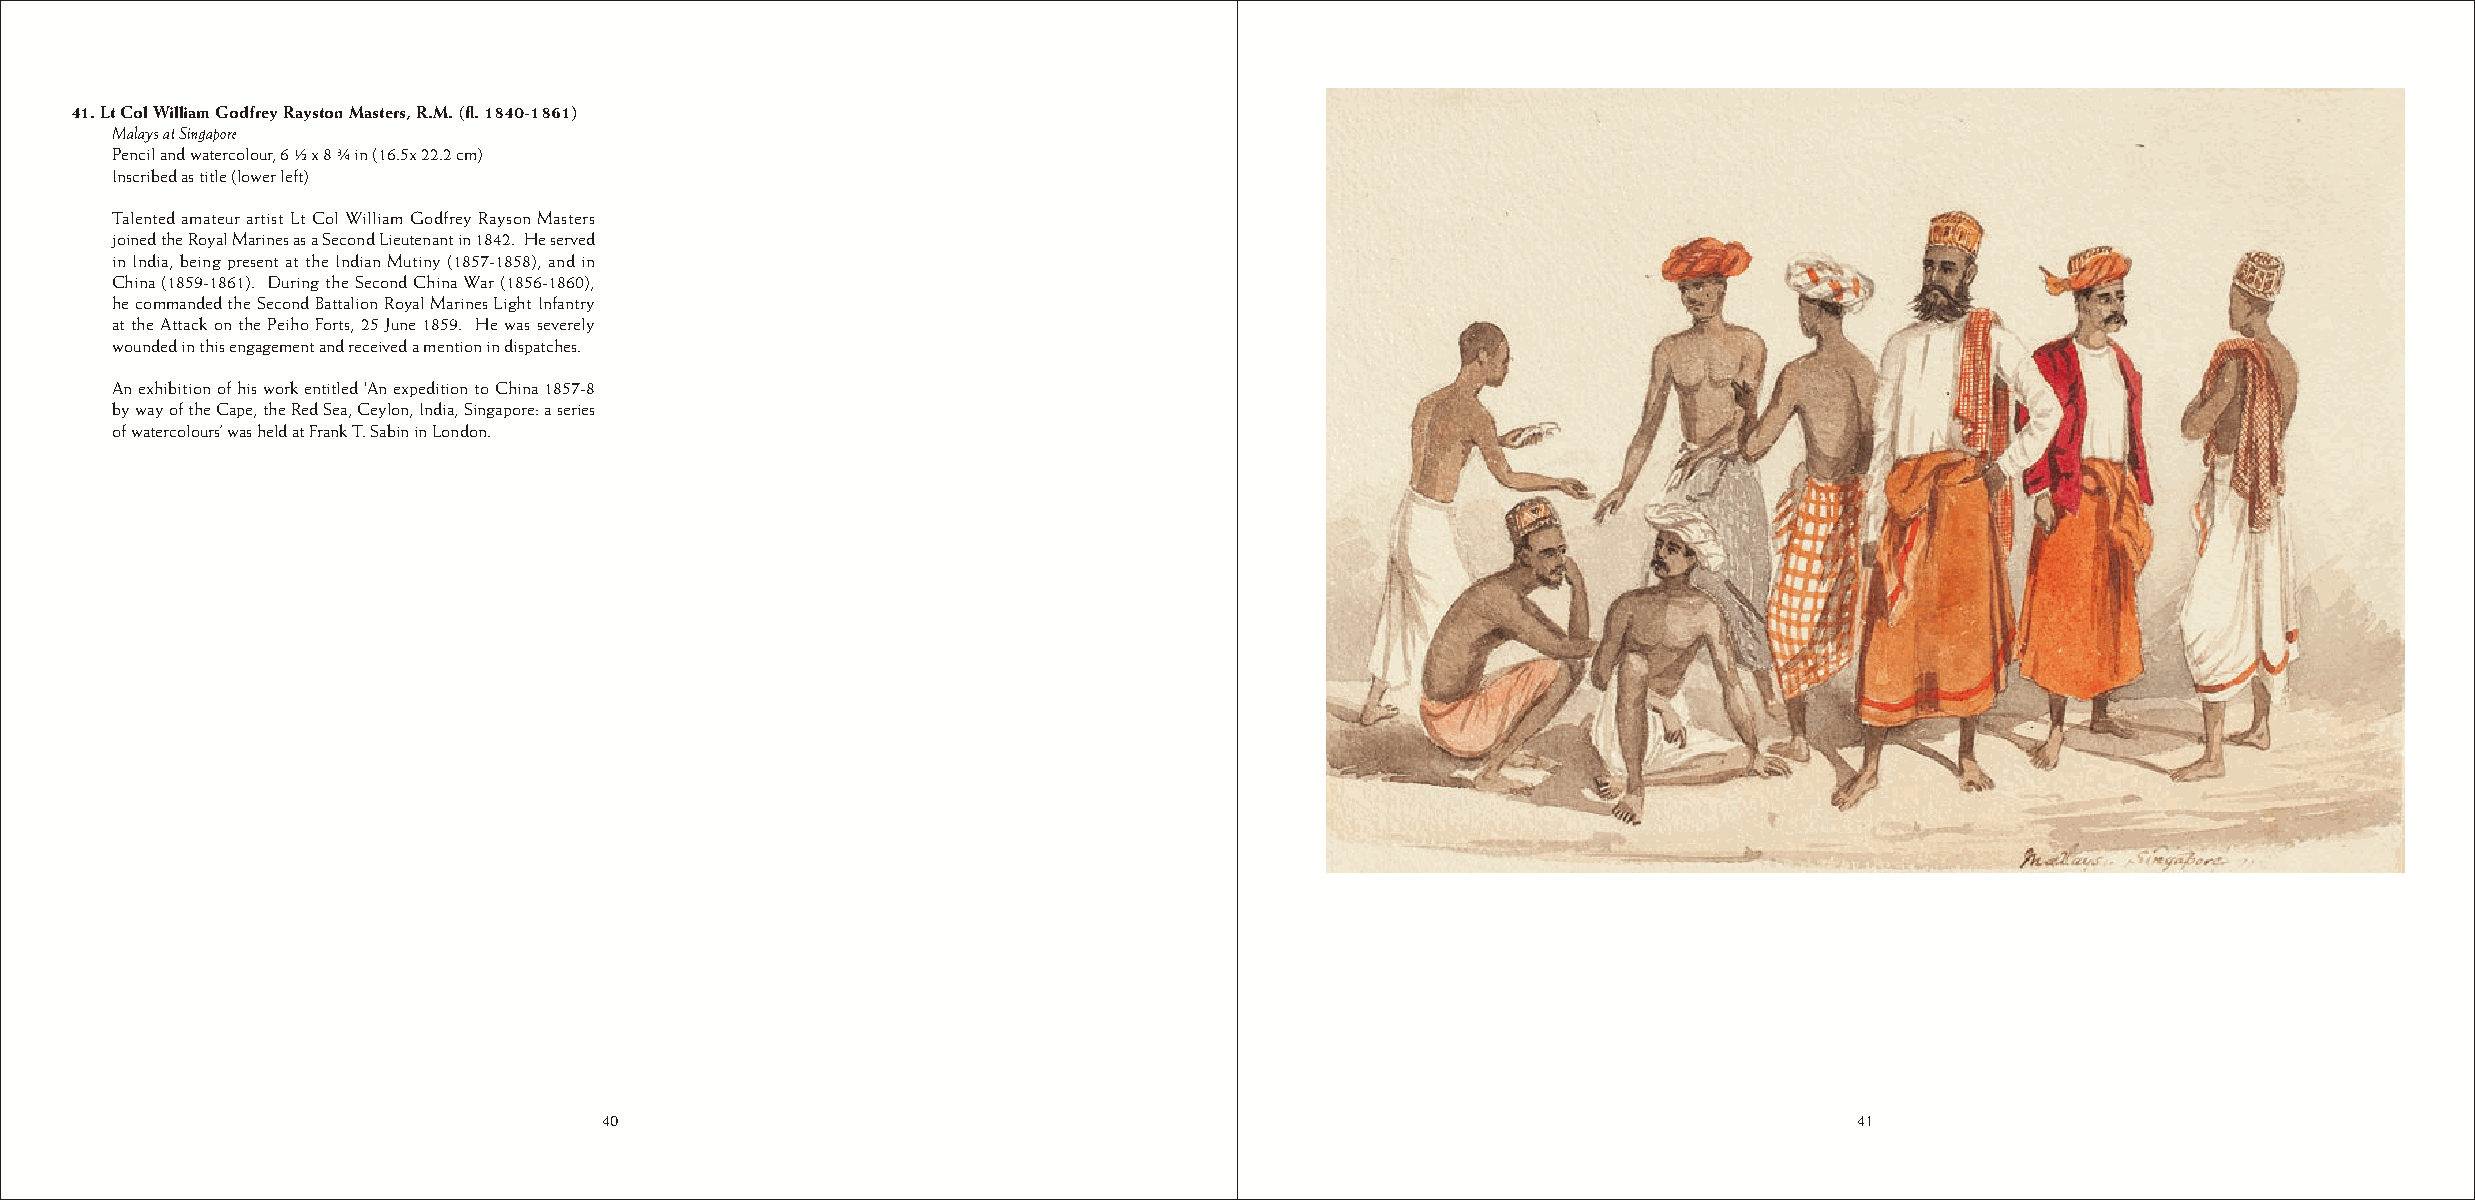
41. Lt Col William Godfrey Rayston Masters, R.M. (fl. 1840-1861)
 Malays at Singapore
 Pencil and watercolour, 6 ½ x 8 ¾ in (16.5x 22.2 cm)
 Inscribed as title (lower left)
 Talented amateur artist Lt Col William Godfrey Rayson Masters
 joined the Royal Marines as a Second Lieutenant in 1842. He served
 in India, being present at the Indian Mutiny (1857-1858), and in
 China (1859-1861). During the Second China War (1856-1860),
 he commanded the Second Battalion Royal Marines Light Infantry
 at the Attack on the Peiho Forts, 25 June 1859. He was severely
 wounded in this engagement and received a mention in dispatches.
 An exhibition of his work entitled ‘An expedition to China 1857-8
 by way of the Cape, the Red Sea, Ceylon, India, Singapore: a series
 of watercolours’ was held at Frank T. Sabin in London.
 40                                                                                 41
 40                                                                                 41